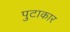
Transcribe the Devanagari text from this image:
पुटाकार